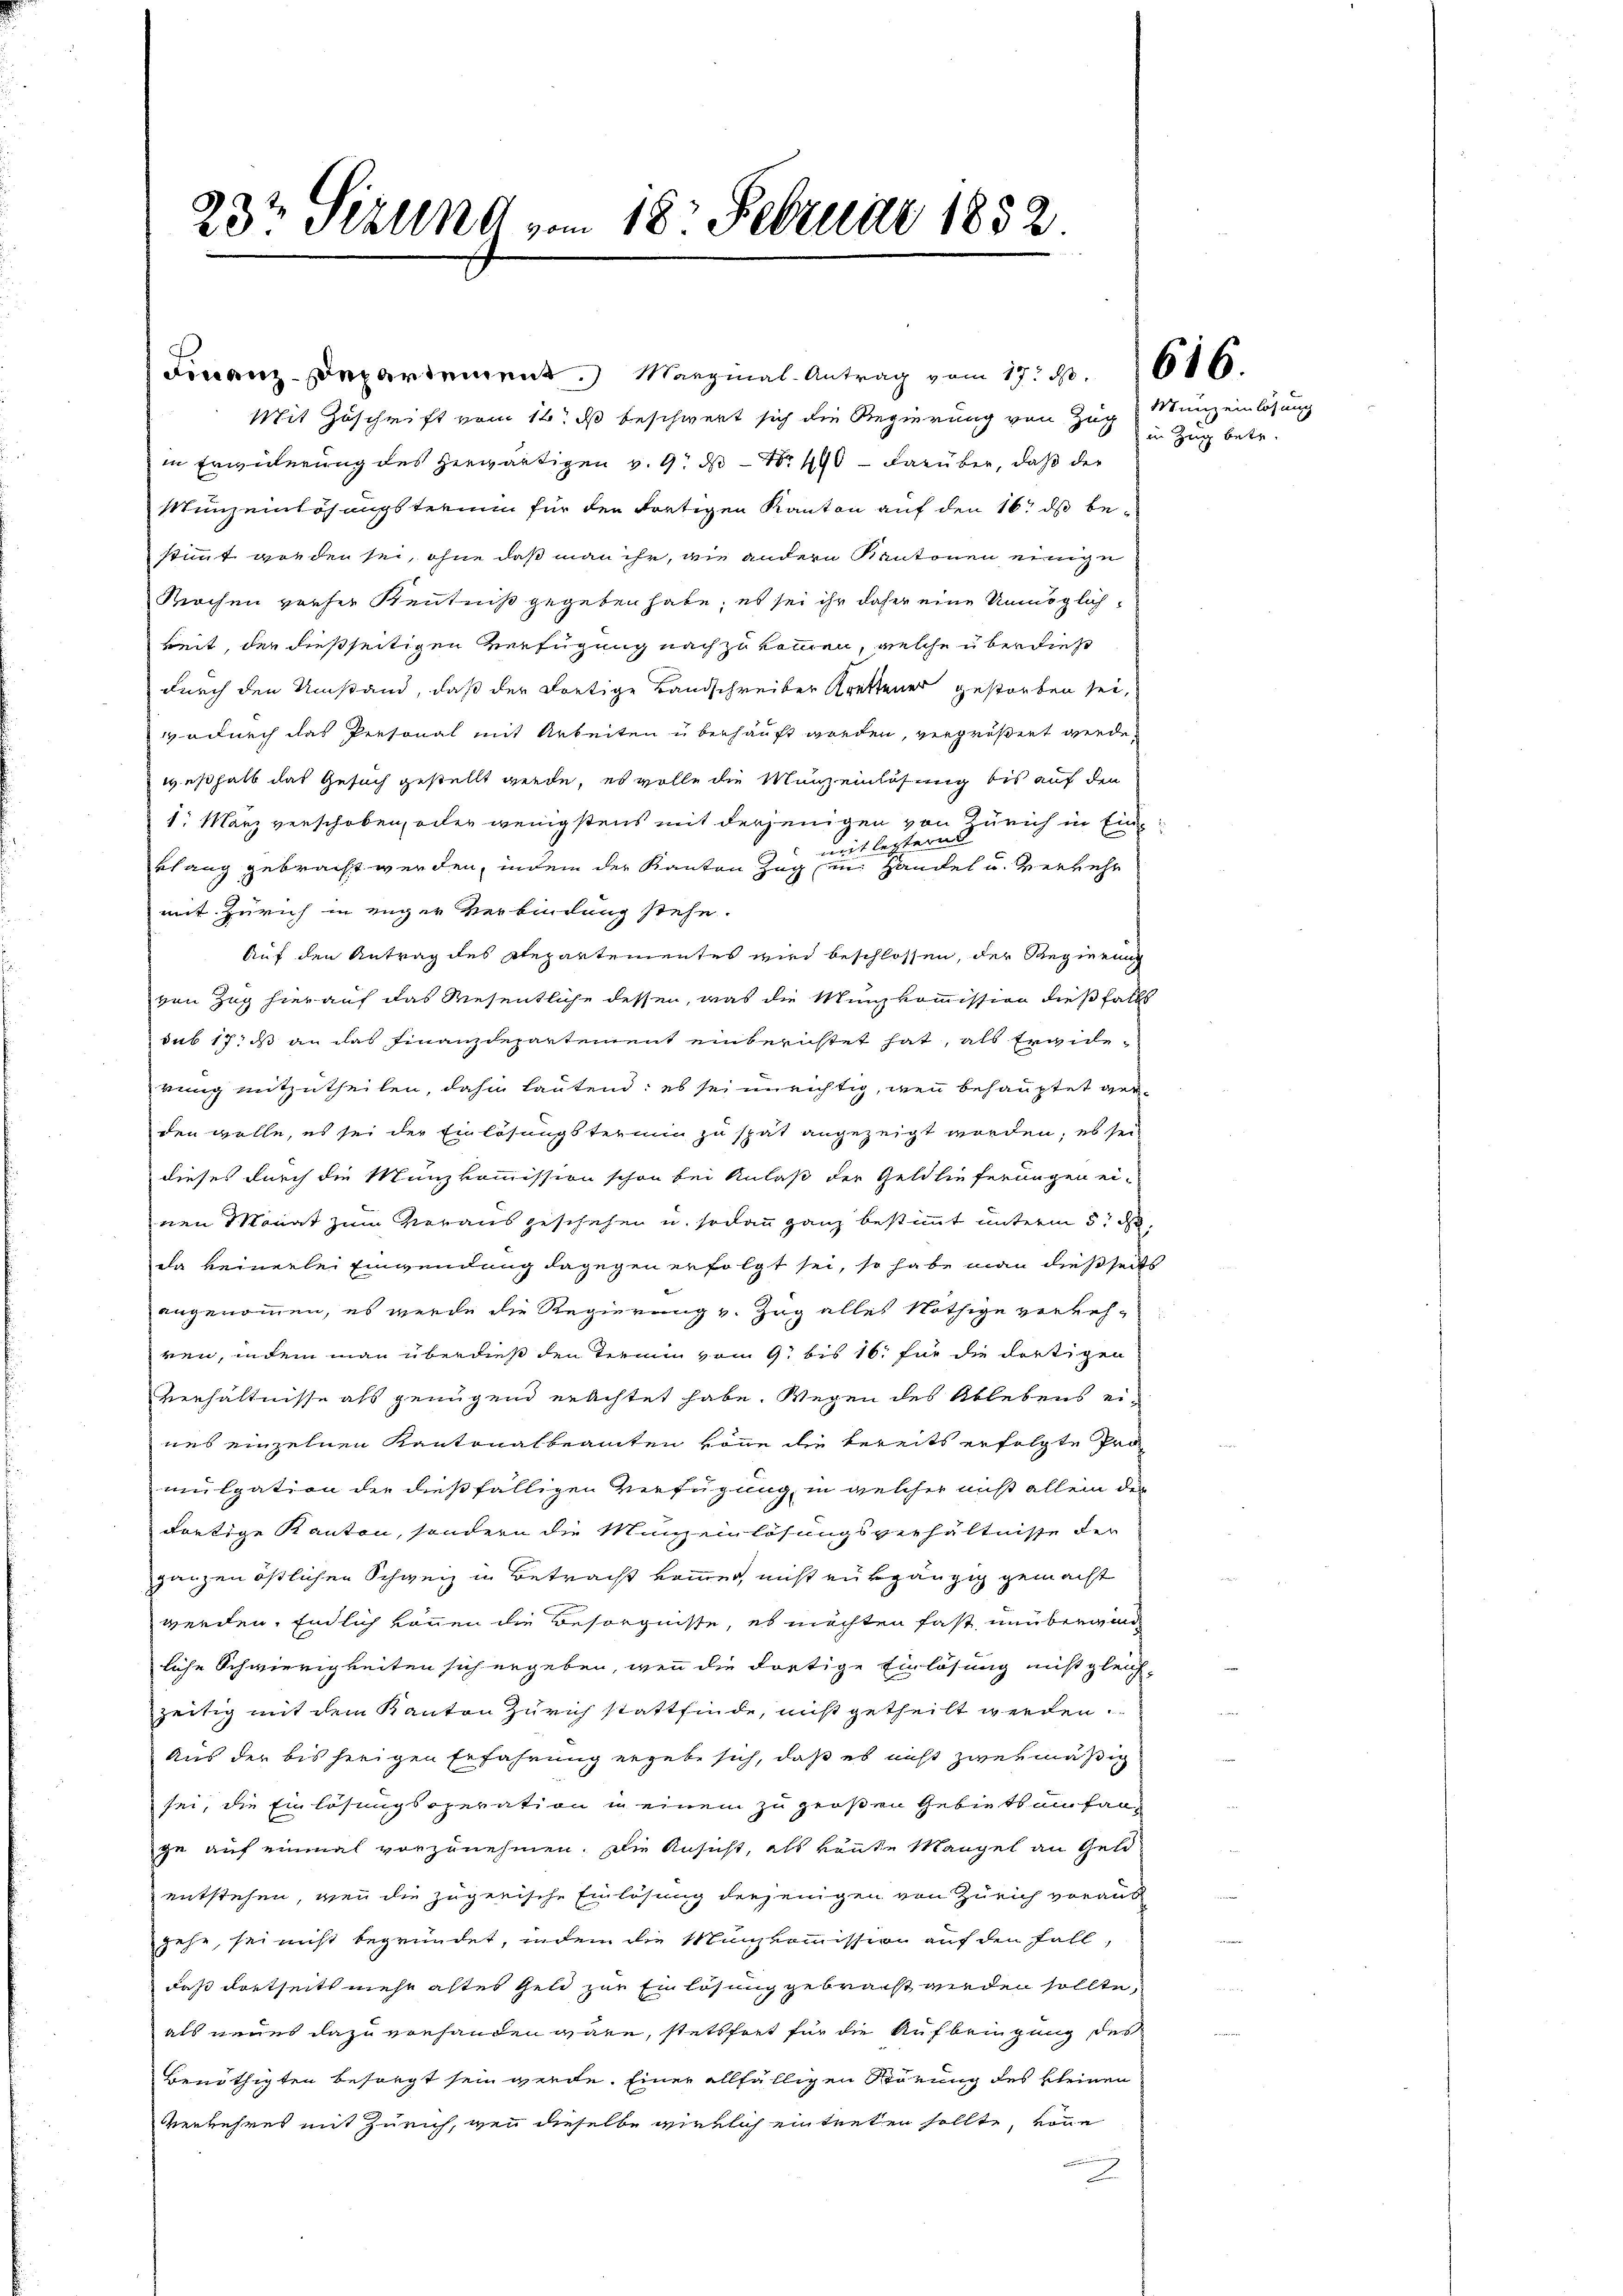
23t Setzung vom 18. Februar 1852

Finanz-Departement. Marginal-Antrag vom 17. N. 616.
Mit Zuschrift vom 16t d beschwert sich die Regierung von Zug Munz einlösung
in Erwilerung des herwärtigen v. 9. ds Nr. 440 – darüber, daß der
Munzeinlösungsterium für den fortigen Kanton auf den 16. ds bestimmt worden sei, ohne daß man ihr, wie andern Kantonen einige
Kirchen vorher Kenntniß gegeben habe; es sei ihr daher eine Unmöglichkeit, der dießseitigen Verfügung nach zu kommen, welche überdieß
durch den Umstand, daß der dortige Landschreiber Krettener gestorben sei,
odurch das Personal mit Arbeiten überhauft worden, vergrößert werde,
weßhalb das Gesuch gestellt werde, es wolle die Munzeinlösung bis auf den
1. März verschoben, oder wenigstens mit derjenigen von Zürich in Ein
mit letzteres
klang gebracht werden, indem der Kanton Zug in Handel u. verkehr
mit Zürich in enger Verbindung stehe.
Auf den Antrag des Repartementes wird beschlossen, der Regierung
von Zug hierauf das Wesentliche dessen, was die Münzkommission dießfalls
sub 17. ds an das Finanzdepartement einberichtet hat, als Ergiderung mitzutheilen, dahin lautend; es sei unrichtig, wenn behauptet verden wolle, es sei der Einlösungstermin zu spät angezeigt worden; es sei
dieses durch die Münzkommission schon bei Anlaß der Geldlieferungen ei-
nen Monat zum Vorausgeschehen u. sodann ganz bestimmt unterm 5. d.
da keinerlei Einwendung dagegen erfolgt sei, so habe man dießseits
angenommen, es wurde die Regierung v. Zug alles Nöthige verkeh-
ren, indem man überdieß den Termin vom 9. bis 16. für die dortigen
Verhältnisse als genügend erachtet habe. Wegen des Ablebens ei-
nes einzelnen Kantonalbeamten könne die bereits erfolgte Pro
mulgation der dießfälligen Verfügung, in welcher muß allein der
dortige Kanton, sondern die Mineinlösungsverhältnisse der
ganzen östlichen Schweiz in Betracht kommen, nicht rükgängig gemacht
werden. Endlich können die Besorgnisse, es möchten fast nun berirend
liche Schwierigkeiten sich ergeben, wenn die dortige Einlösung nicht gleich-
zeitig mit dem Kanton Zürich stattfinde, nicht getheilt werden.
Aus der bis herigen Erfahrung ergebe sich, daß es nicht zwei mäßig
sei, die Einlösungsoperation in einem zu großen Gebietsumfang
ge auf einmal vorzunehmen. Die Ansicht, als könte Mangel an Geld-
entstehen, wenn die zugerische Einlösung derjenigen von Zürich voraus
gehe, sei nicht begründet, indem die Manzkommission auf den Fall,
daß dortseits mehr altes Geld zur Einlösung gebracht werden sollte,
als neues dazu vorhanden wäre, stetsfort für die Aufbringung des
benöthigten besorgt sein werde. Einer allfälligen Störung des kleinen
verkehres mit Zürich, wenn dieselbe wirklich eintreten sollte, von
.
.

in Zug betr.